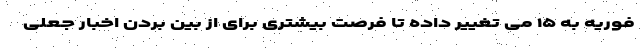
فوریه به ۱۵ می تغییر داده تا فرصت بیشتری برای از بین بردن اخبار جعلی